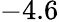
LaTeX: -4.6